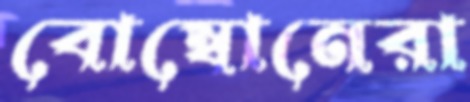
বোম্বোনেরা